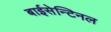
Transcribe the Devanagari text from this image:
बाईसेन्टिनल